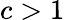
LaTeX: c>1